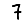
Digit: 7